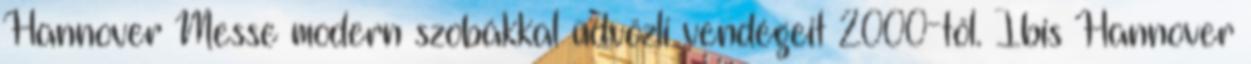
Hannover Messe modern szobákkal üdvözli vendégeit 2000-től. Ibis Hannover